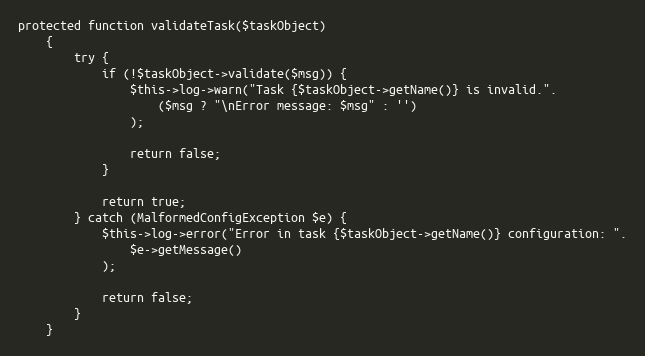
Language: PHP
protected function validateTask($taskObject)
    {
        try {
            if (!$taskObject->validate($msg)) {
                $this->log->warn("Task {$taskObject->getName()} is invalid.".
                    ($msg ? "\nError message: $msg" : '')
                );

                return false;
            }

            return true;
        } catch (MalformedConfigException $e) {
            $this->log->error("Error in task {$taskObject->getName()} configuration: ".
                $e->getMessage()
            );

            return false;
        }
    }